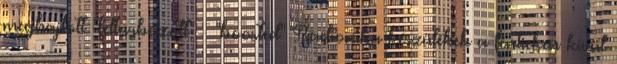
meghajtott "felturbózott" "boosted" Radionika készülékek a fentieken kívül